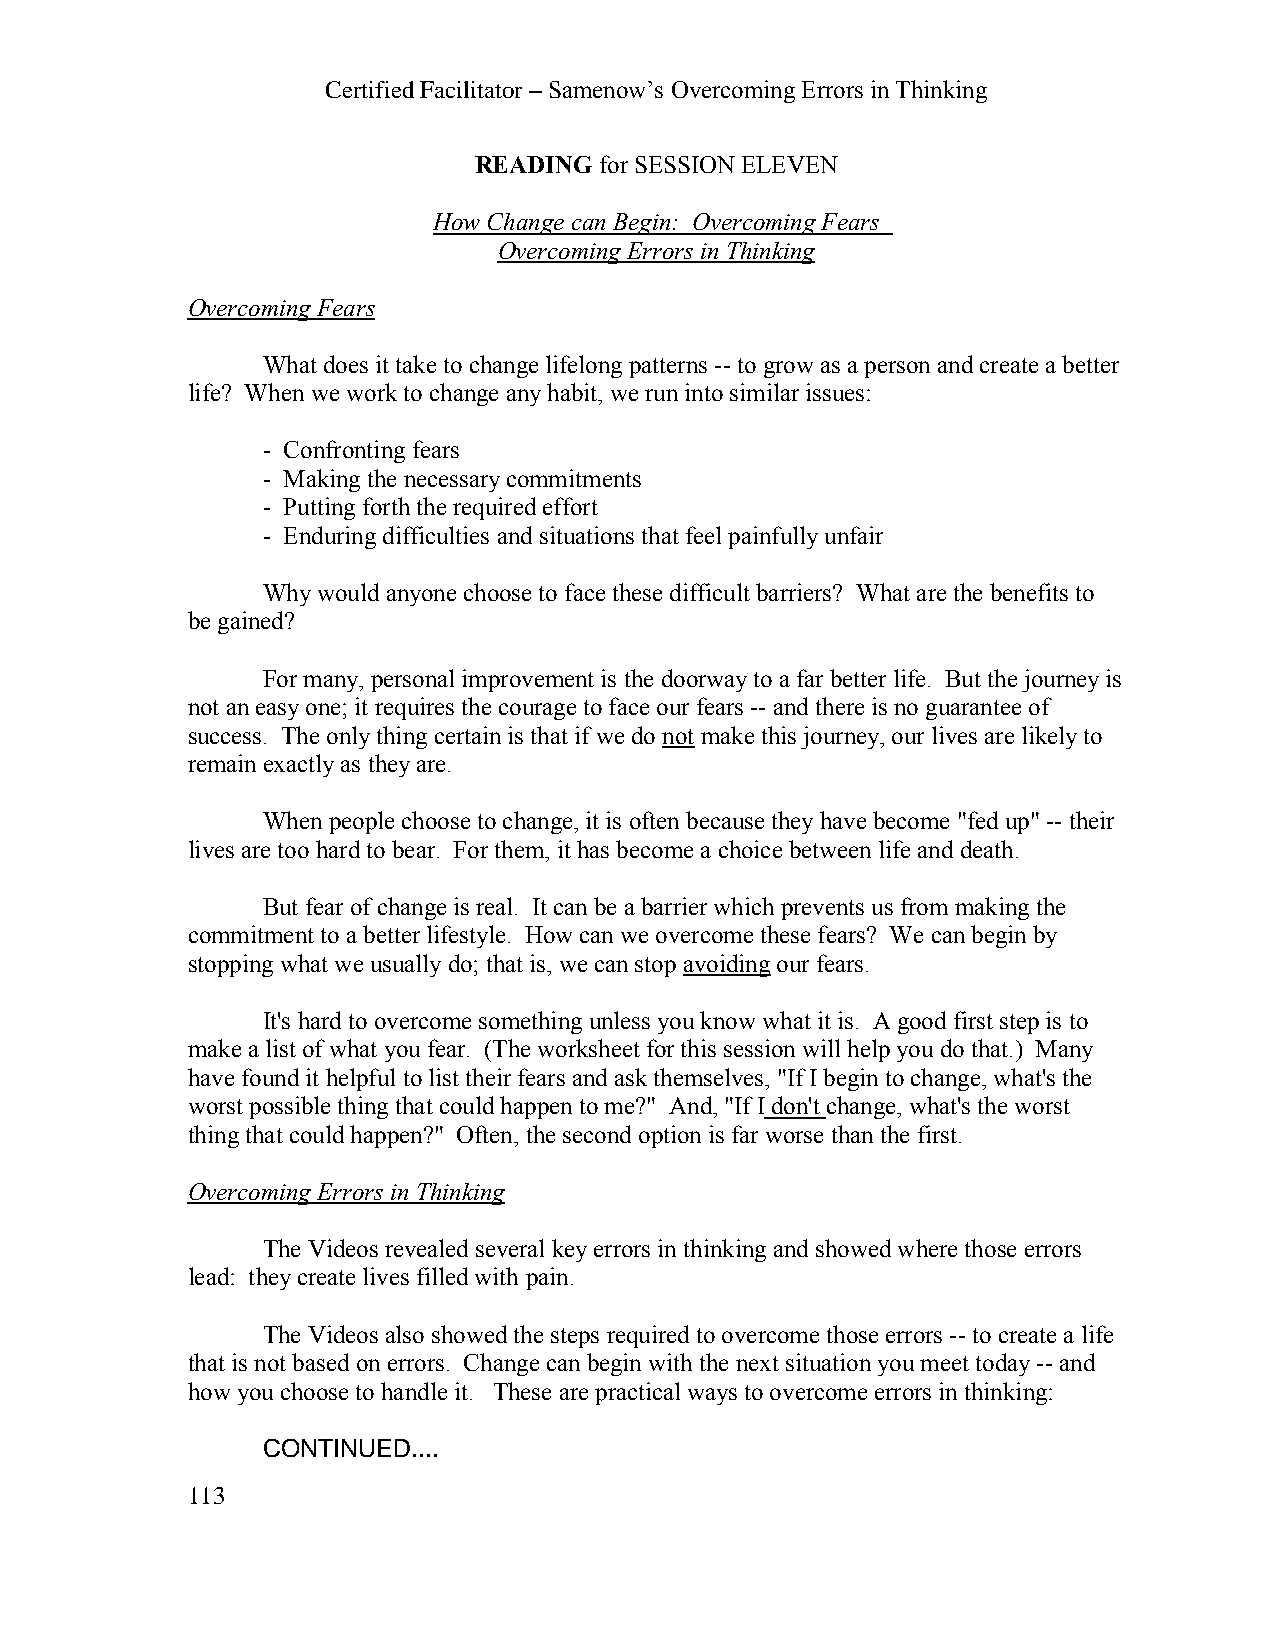
Certified Facilitator – Samenow’s Overcoming Errors in Thinking
 READING  for SESSION ELEVEN
 How Change can Begin: Overcoming Fears
 Overcoming Errors in Thinking
 Overcoming Fears
 What does it take to change lifelong patterns -- to grow as a person and create a better
 life? When we work to change any habit, we run into similar issues:
 - Confronting fears
 - Making the necessary commitments
 - Putting forth the required effort
 - Enduring difficulties and situations that feel painfully unfair
 Why would anyone choose to face these difficult barriers? What are the benefits to
 be gained?
 For many, personal improvement is the doorway to a far better life. But the journey is
 not an easy one; it requires the courage to face our fears -- and there is no guarantee of
 success. The only thing certain is that if we do not make this journey, our lives are likely to
 remain exactly as they are.
 When people choose to change, it is often because they have become "fed up" -- their
 lives are too hard to bear. For them, it has become a choice between life and death.
 But fear of change is real. It can be a barrier which prevents us from making the
 commitment to a better lifestyle. How can we overcome these fears? We can begin by
 stopping what we usually do; that is, we can stop avoiding our fears.
 It's hard to overcome something unless you know what it is. A good first step is to
 make a list of what you fear. (The worksheet for this session will help you do that.) Many
 have found it helpful to list their fears and ask themselves, "If I begin to change, what's the
 worst possible thing that could happen to me?" And, "If I don't change, what's the worst
 thing that could happen?" Often, the second option is far worse than the first.
 Overcoming Errors in Thinking
 The Videos revealed several key errors in thinking and showed where those errors
 lead: they create lives filled with pain.
 The Videos also showed the steps required to overcome those errors -- to create a life
 that is not based on errors. Change can begin with the next situation you meet today -- and
 how you choose to handle it. These are practical ways to overcome errors in thinking:
 CONTINUED....
 113